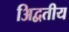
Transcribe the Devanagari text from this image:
अिद्वतीय